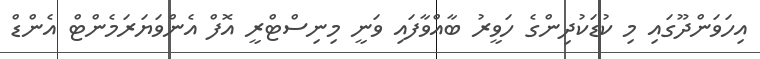
އިހަވަންދޫގައި މި ކުޑަކުދިންގެ ހަވީރު ބާއްވާފައި ވަނީ މިނިސްޓްރީ އޮފް އެންވަޔަރަމެންޓް އެންޑް